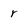
Character: r